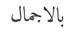
بالاجمال